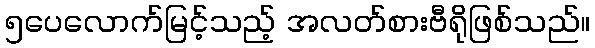
၅ပေလောက်မြင့်သည့် အလတ်စားဗီရိုဖြစ်သည်။